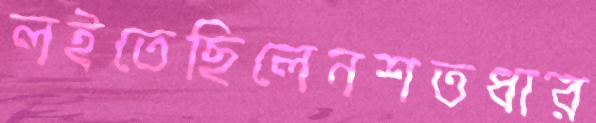
লইতেছিলেনশতধার